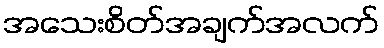
အသေးစိတ်အချက်အလက်